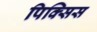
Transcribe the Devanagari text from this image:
पिक्सिस